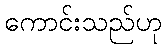
ကောင်းသည်ဟု